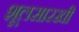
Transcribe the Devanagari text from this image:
शूलसारखी